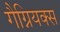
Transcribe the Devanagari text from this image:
गैग्नियक्स